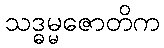
သဒ္ဓမ္မဇောတိက